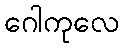
ဂေါကုလေ